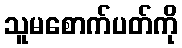
သူမစောက်ပတ်ကို